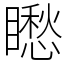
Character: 矁